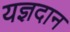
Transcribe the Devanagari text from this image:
यज्ञदान